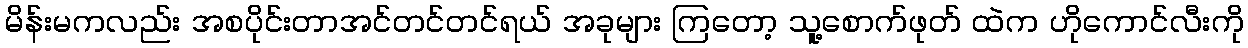
မိန်းမကလည်း အစပိုင်းတာအင်တင်တင်ရယ် အခုများ ကြတော့ သူ့စောက်ဖုတ် ထဲက ဟိုကောင်လီးကို